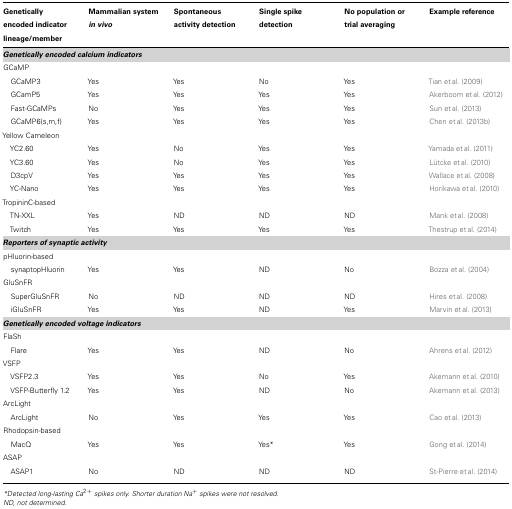
<table><thead><tr><td><b>Genetically encoded indicator lineage/member</b></td><td><b>Mammalian system <i>in vivo</i></b></td><td><b>Spontaneous activity detection</b></td><td><b>Single spike detection</b></td><td><b>No population or trial averaging</b></td><td><b>Example reference</b></td></tr></thead><tbody><tr><td><i><b>Genetically encoded calcium indicators</b></i></td><td></td><td></td><td></td><td></td><td></td></tr><tr><td>GCaMP</td><td></td><td></td><td></td><td></td><td></td></tr><tr><td>GCaMP3</td><td>Yes</td><td>Yes</td><td>No</td><td>Yes</td><td>Tian et al. (2009)</td></tr><tr><td>GCamP5</td><td>Yes</td><td>Yes</td><td>Yes</td><td>Yes</td><td>Akerboom et al. (2012)</td></tr><tr><td>Fast-GCaMPs</td><td>No</td><td>Yes</td><td>Yes</td><td>Yes</td><td>Sun et al. (2013)</td></tr><tr><td>GCaMP6(s,m,f)</td><td>Yes</td><td>Yes</td><td>Yes</td><td>Yes</td><td>Chen et al. (2013b)</td></tr><tr><td>Yellow Cameleon</td><td></td><td></td><td></td><td></td><td></td></tr><tr><td>YC2.60</td><td>Yes</td><td>No</td><td>Yes</td><td>Yes</td><td>Yamada et al. (2011)</td></tr><tr><td>YC3.60</td><td>Yes</td><td>No</td><td>Yes</td><td>Yes</td><td>Lütcke et al. (2010)</td></tr><tr><td>D3cpV</td><td>Yes</td><td>Yes</td><td>Yes</td><td>Yes</td><td>Wallace et al. (2008)</td></tr><tr><td>YC-Nano</td><td>Yes</td><td>Yes</td><td>Yes</td><td>Yes</td><td>Horikawa et al. (2010)</td></tr><tr><td>TropininC-based</td><td></td><td></td><td></td><td></td><td></td></tr><tr><td>TN-XXL</td><td>Yes</td><td>ND</td><td>ND</td><td>ND</td><td>Mank et al. (2008)</td></tr><tr><td>Twitch</td><td>Yes</td><td>Yes</td><td>Yes</td><td>Yes</td><td>Thestrup et al. (2014)</td></tr><tr><td><i><b>Reporters of synaptic activity</b></i></td><td></td><td></td><td></td><td></td><td></td></tr><tr><td>pHluorin-based</td><td></td><td></td><td></td><td></td><td></td></tr><tr><td>synaptopHluorin</td><td>Yes</td><td>Yes</td><td>ND</td><td>No</td><td>Bozza et al. (2004)</td></tr><tr><td>GluSnFR</td><td></td><td></td><td></td><td></td><td></td></tr><tr><td>SuperGluSnFR</td><td>No</td><td>ND</td><td>ND</td><td>ND</td><td>Hires et al. (2008)</td></tr><tr><td>iGluSnFR</td><td>Yes</td><td>Yes</td><td>ND</td><td>Yes</td><td>Marvin et al. (2013)</td></tr><tr><td><i><b>Genetically encoded voltage indicators</b></i></td><td></td><td></td><td></td><td></td><td></td></tr><tr><td>FlaSh</td><td></td><td></td><td></td><td></td><td></td></tr><tr><td>Flare</td><td>Yes</td><td>Yes</td><td>ND</td><td>No</td><td>Ahrens et al. (2012)</td></tr><tr><td>VSFP</td><td></td><td></td><td></td><td></td><td></td></tr><tr><td>VSFP2.3</td><td>Yes</td><td>Yes</td><td>No</td><td>Yes</td><td>Akemann et al. (2010)</td></tr><tr><td>VSFP-Butterfly 1.2</td><td>Yes</td><td>Yes</td><td>ND</td><td>No</td><td>Akemann et al. (2013)</td></tr><tr><td>ArcLight</td><td></td><td></td><td></td><td></td><td></td></tr><tr><td>ArcLight</td><td>No</td><td>Yes</td><td>Yes</td><td>Yes</td><td>Cao et al. (2013)</td></tr><tr><td>Rhodopsin-based</td><td></td><td></td><td></td><td></td><td></td></tr><tr><td>MacQ</td><td>Yes</td><td>Yes</td><td>Yes*</td><td>Yes</td><td>Gong et al. (2014)</td></tr><tr><td>ASAP</td><td></td><td></td><td></td><td></td><td></td></tr><tr><td>ASAP1</td><td>No</td><td>ND</td><td>ND</td><td>ND</td><td>St-Pierre et al. (2014)</td></tr></tbody></table>